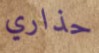
حذاري